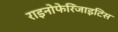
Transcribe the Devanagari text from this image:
राइनोफेरिंजाइटिस